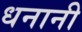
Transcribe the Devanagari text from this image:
धनानी